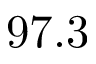
9 7 . 3